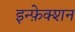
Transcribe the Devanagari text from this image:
इन्फ़ेक्शन